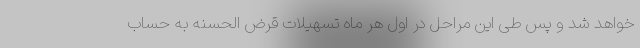
خواهد شد و پس طی این مراحل در اول هر ماه تسهیلات قرض الحسنه به حساب